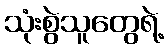
သုံးစွဲသူတွေရဲ့